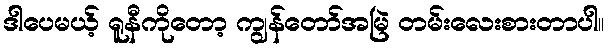
ဒါပေမယ့် ရူနီကိုတော့ ကျွန်တော်အမြဲ တမ်းလေးစားတာပါ။